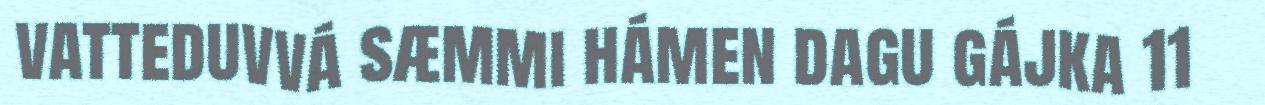
vatteduvvá sæmmi hámen dagu gájka 11